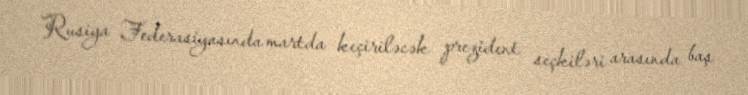
Rusiya Federasiyasında martda keçiriləcək prezident seçkiləri arasında baş